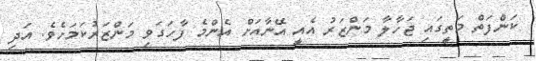
ކަންފަތް މަތީގައި ޖަހާލާ މަންޒަރު އެއީ އޭނާއަށް އެންމެ ފާހަގަވި މަންޒަރުކަމަށެވެ. އަދި